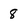
Character: 8